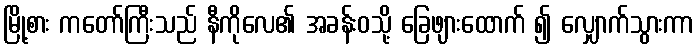
မြို့စား ကတော်ကြီးသည် နီကိုလေ၏ အခန်းဝသို့ ခြေဖျားထောက် ၍ လျှောက်သွားကာ